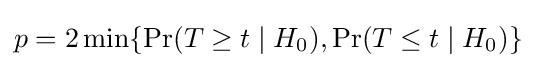
p=2\min\{\Pr(T\geq t\mid H_{0}),\Pr(T\leq t\mid H_{0})\}